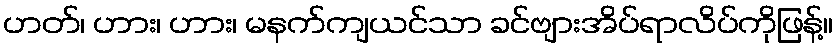
ဟတ်၊ ဟား၊ ဟား၊ မနက်ကျယင်သာ ခင်ဗျားအိပ်ရာလိပ်ကိုဖြန့်။